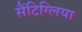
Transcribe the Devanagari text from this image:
सैंटिग्लिया